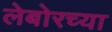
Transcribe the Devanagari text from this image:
लेबोरच्या